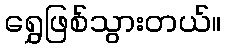
ရွှေဖြစ်သွားတယ်။